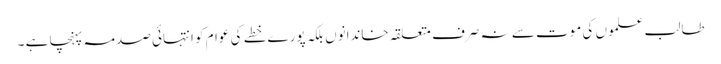
طالب علموں کی موت سے نہ صرف متعلقہ خاندانوں بلکہ پورے خطے کی عوام کو انتہائی صدمہ پہنچا ہے ۔